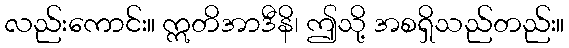
လည်းကောင်း။ ဣတိအာဒီနိ၊ ဤသို့ အစရှိသည်တည်း။